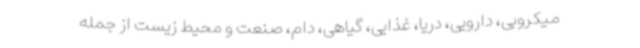
میکروبی، دارویی، دریا، غذایی، گیاهی، دام، صنعت و محیط زیست از جمله